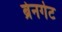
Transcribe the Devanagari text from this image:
ब्रेनगेट